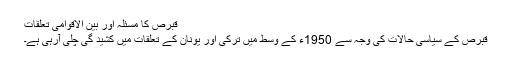
قبرص کا مسئلہ اور بین الاقوامی تعلقات
قبرص کے سیاسی حالات کی وجہ سے 1950ء کے وسط میں ترکی اور یونان کے تعلقات میں کشید گی چلی آرہی ہے۔